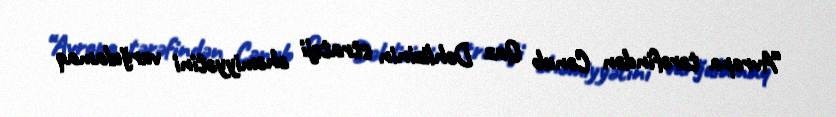
“Avropa tərəfindən Cənub Qaz Dəhlizinin strateji əhəmiyyətini vurğulamaq